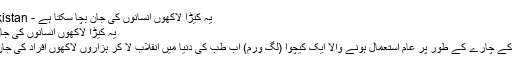
یہ کیڑا لاکھوں انسانوں کی جان بچا سکتا ہے - Dunya Pakistan
یہ کیڑا لاکھوں انسانوں کی جان بچا سکتا ہے
پیرس -مچھلی کے چارے کے طور پر عام استعمال ہونے والا ایک کیچوا (لُگ ورم) اب طب کی دنیا میں انقلاب لا کر ہزاروں لاکھوں افراد کی جان بچا سکتا ہے۔